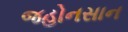
જહોનસાન